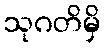
သုဂတိမှိ